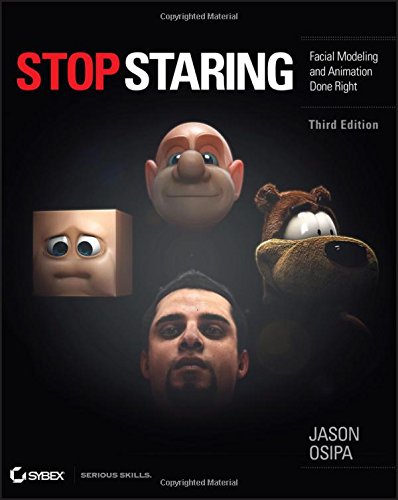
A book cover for Stop Staring: Facial Modeling and Animation Done Right; Jason Osipa; Computers & Technology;